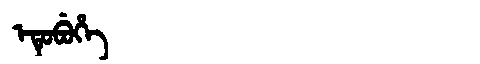
Manchu: ᡝᡨᡠᠪᡠᡥᡝ
Romanization: ETUBUHE